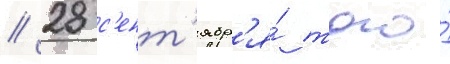
// 28 с'ент'ябр'я́ того́